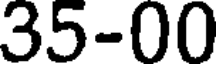
35-00